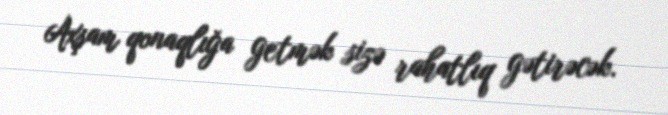
Axşam qonaqlığa getmək sizə rahatlıq gətirəcək.